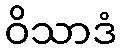
ဝိသာဒံ